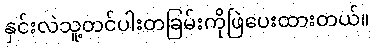
နှင်းလဲသူ့တင်ပါးတခြမ်းကိုဖြဲပေးထားတယ်။